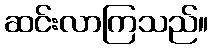
ဆင်းလာကြသည်။